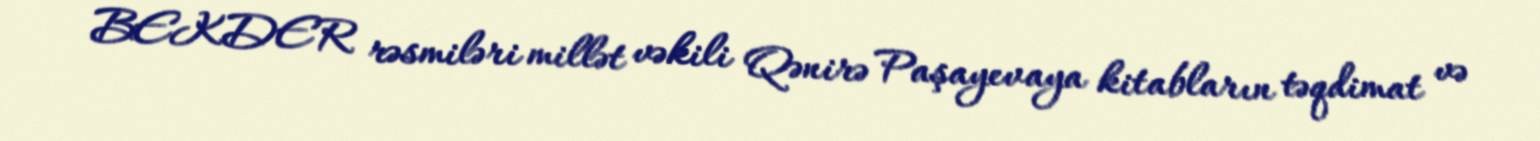
BEKDER rəsmiləri millət vəkili Qənirə Paşayevaya kitabların təqdimat və